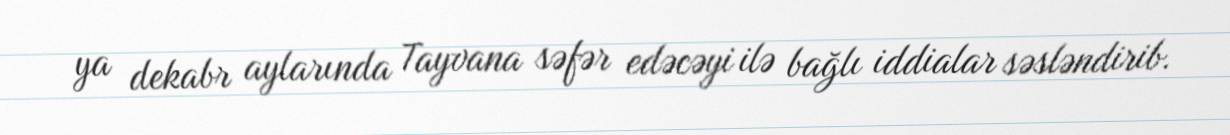
ya dekabr aylarında Tayvana səfər edəcəyi ilə bağlı iddialar səsləndirib.